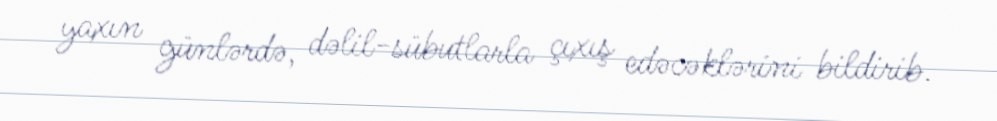
yaxın günlərdə, dəlil-sübutlarla çıxış edəcəklərini bildirib.